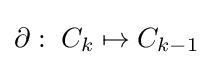
\partial :\;C_{k}\mapsto C_{k-1}